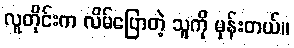
လူတိုင်းက လိမ်ပြောတဲ့ သူကို မုန်းတယ်။